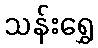
သန်းရွှေ